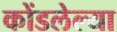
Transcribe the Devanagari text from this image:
कोंडलेल्या